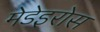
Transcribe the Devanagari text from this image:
मेडेइरोस